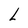
Character: L